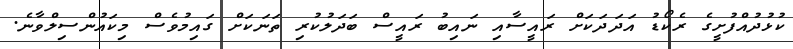
ކުޅުދުއްފުށީގެ ރެކޯޑު އަދަދަކަށް ރައީސާއި ނައިބު ރައީސް ބަދަލުކުރި ތަނަކަށް ގައިމުވެސް މިކައުންސިލްވާނެ.